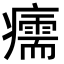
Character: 𤻪